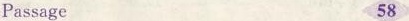
Passage 58